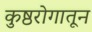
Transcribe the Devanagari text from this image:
कुष्ठरोगातून